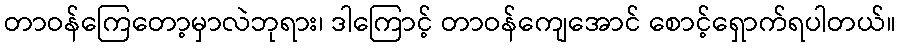
တာဝန်ကြေတော့မှာလဲဘုရား၊ ဒါကြောင့် တာဝန်ကျေအောင် စောင့်ရှောက်ရပါတယ်။